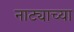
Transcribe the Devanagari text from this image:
नाट्याच्या